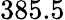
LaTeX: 385.5